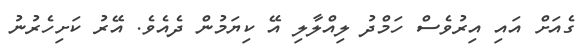
ގެއަށް އައި އިރުވެސް ހަމްދު ލިއްލާލި އޭ ކިޔަމުން ދެއެވެ. އޭރު ކަށިހެރުނު